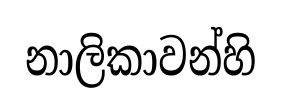
නාලිකාවන්හි